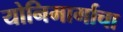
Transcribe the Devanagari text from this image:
योनिमार्गाचा